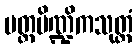
ပတ္တပိဏ္ဍိကသုတ္တံ